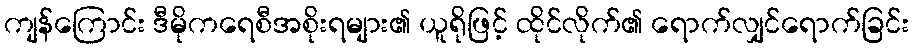
ကျန်ကြောင်း ဒီမိုကရေစီအစိုးရများ၏ ယူရိုဖြင့် ထိုင်လိုက်၏ ရောက်လျှင်ရောက်ခြင်း